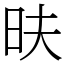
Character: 㫙